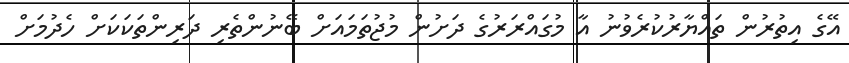
އޭގެ އިތުރުން ތައްޔާރުކުރެވުނު އާ މުގައްރަރުގެ ދަށުން މުޖުތަމައަށް ބޭނުންތެރި ދަރިންތަކަކަށް ހެދުމަށް